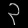
Digit: ၃